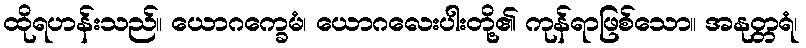
ထိုရဟန်းသည်။ ယောဂက္ခေမံ၊ ယောဂလေးပါးတို့၏ ကုန်ရာဖြစ်သော။ အနုတ္တရံ၊